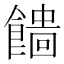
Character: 𩞒